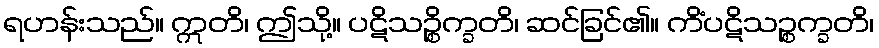
ရဟန်းသည်။ ဣတိ၊ ဤသို့။ ပဋိသဉ္စိက္ခတိ၊ ဆင်ခြင်၏။ ကိံပဋိသဉ္စက္ခတိ၊